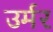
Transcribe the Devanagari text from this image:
उर्मर